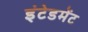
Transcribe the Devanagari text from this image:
इंटेडमेंट